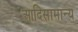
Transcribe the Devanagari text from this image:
आदिसामान्य